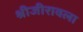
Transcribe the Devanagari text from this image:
श्रीजीरावला